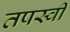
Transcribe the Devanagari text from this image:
तपस्‍वी